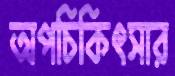
অপচিকিৎসার